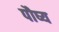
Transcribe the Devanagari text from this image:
पौष्य